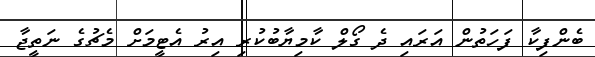
ބެންފިކާ ފަހަތުން އަރައި ދެ ގޯލް ކާމިޔާބުކުރި އިރު އެޓީމަށް މެޗުގެ ނަތީޖާ